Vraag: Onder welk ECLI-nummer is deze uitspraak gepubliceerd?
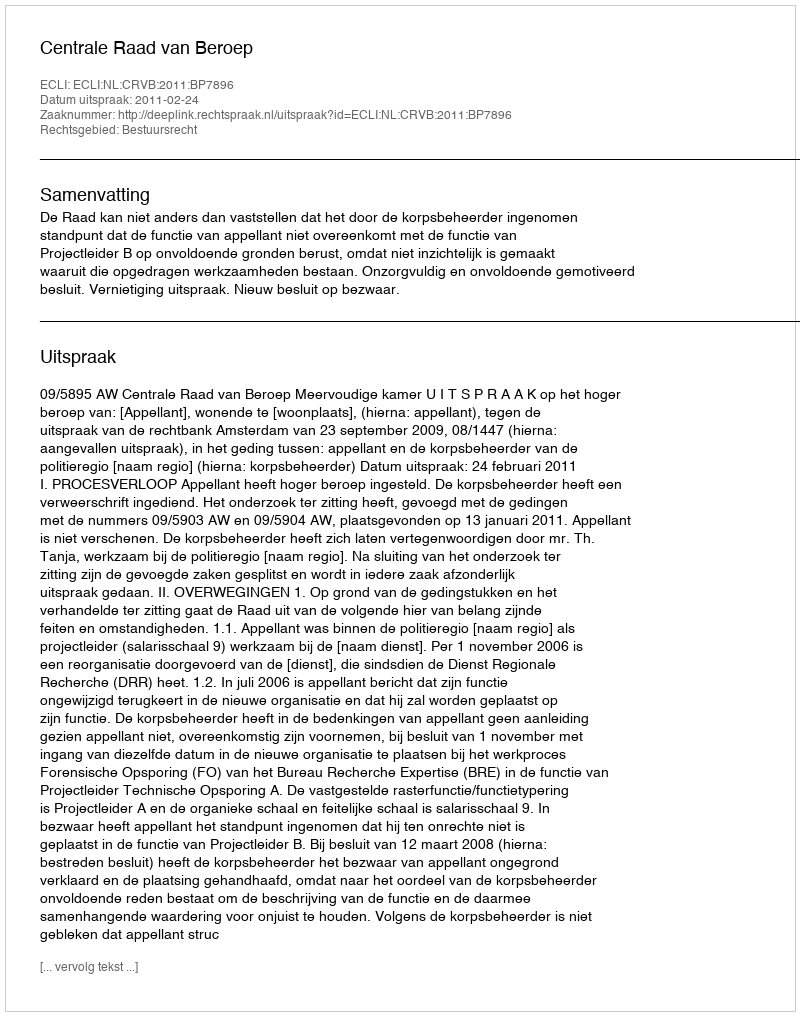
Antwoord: ECLI:NL:CRVB:2011:BP7896